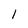
Character: 1